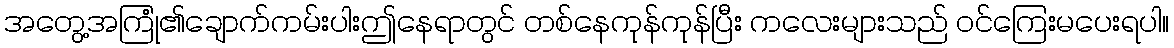
အတွေ့အကြုံ၏ချောက်ကမ်းပါးဤနေရာတွင် တစ်နေကုန်ကုန်ပြီး ကလေးများသည် ဝင်ကြေးမပေးရပါ။